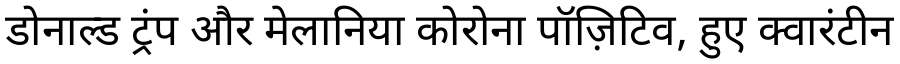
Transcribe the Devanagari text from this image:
डोनाल्ड ट्रंप और मेलानिया कोरोना पॉज़िटिव, हुए क्वारंटीन